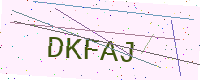
Text: DKFAJ